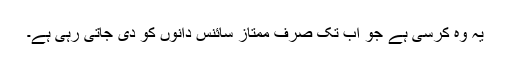
یہ وہ کرسی ہے جو اب تک صرف ممتاز سائنس دانوں کو دی جاتی رہی ہے۔